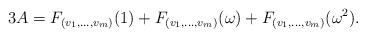
LaTeX: \begin{align*}3A = F_{(v_1,\ldots,v_m)}(1) + F_{(v_1,\ldots,v_m)}(\omega) + F_{(v_1,\ldots,v_m)}(\omega^2).\end{align*}